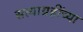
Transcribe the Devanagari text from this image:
सत्याग्रहींच्या